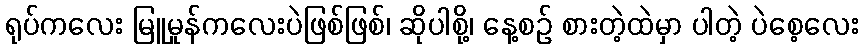
ရုပ်ကလေး မြူမှုန်ကလေးပဲဖြစ်ဖြစ်၊ ဆိုပါစို့၊ နေ့စဉ် စားတဲ့ထဲမှာ ပါတဲ့ ပဲစေ့လေး